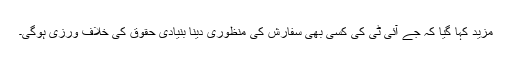
مزید کہا گیا کہ جے آئی ٹی کی کسی بھی سفارش کی منظوری دینا بنیادی حقوق کی خلاف ورزی ہوگی۔